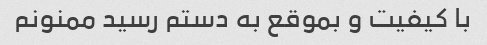
با کیفیت و بموقع به دستم رسید ممنونم